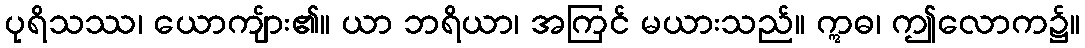
ပုရိသဿ၊ ယောကျ်ား၏။ ယာ ဘရိယာ၊ အကြင် မယားသည်။ ဣဓ၊ ဤလောက၌။